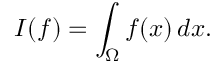
I ( f ) = \int _ { \Omega } f ( x ) \, d x .